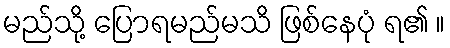
မည်သို့ ပြောရမည်မသိ ဖြစ်နေပုံ ရ၏ ။